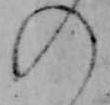
の